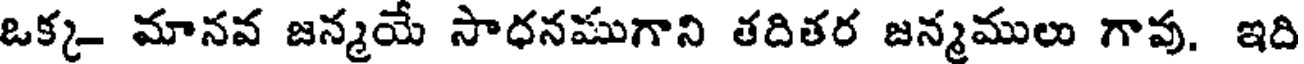
ఒక్క- మానవ జన్మయే సాధనముగాని తదితర జన్మములు గావు. ఇది